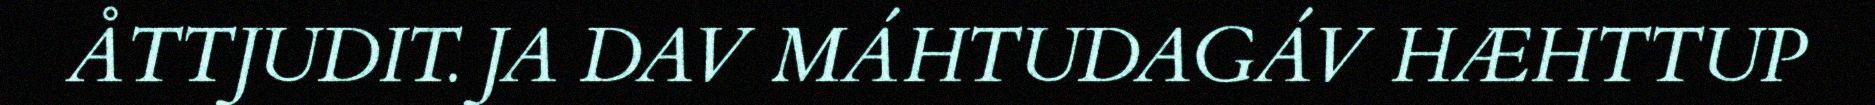
ÅTTJUDIT. JA DAV MÁHTUDAGÁV HÆHTTUP